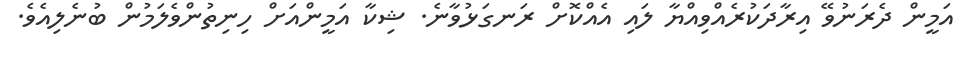
އަމީން ދެރަނުވޭ އިރާދަކުރެއްވިއްޔާ ލައި އެއްކޮށް ރަނގަޅުވާނެ. ޝިކާ އަމީންއަށް ހިނިތުންވެލަމުން ބުނެލިއެވެ.